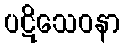
ပဋိသေဝနာ